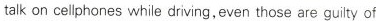
talk on cellphones while driving, even those are guity of